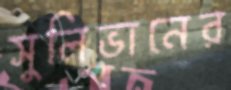
সুলিভানের